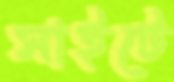
সাইটে